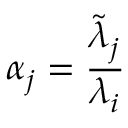
\alpha _ { j } = \frac { \tilde { \lambda } _ { j } } { \lambda _ { i } }